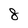
Character: 8